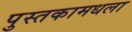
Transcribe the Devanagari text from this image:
पुस्तकामधला